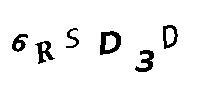
6RSD3D